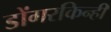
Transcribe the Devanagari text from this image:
डोंगरकिन्ही